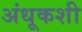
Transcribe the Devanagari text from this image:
अंधूकशी